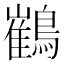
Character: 䳽